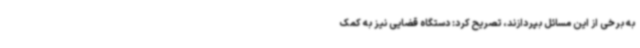
به برخی از این مسائل بپردازند، تصریح کرد: دستگاه قضایی نیز به کمک